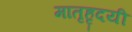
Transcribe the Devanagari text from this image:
मातृहृदयी